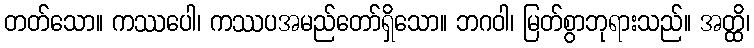
တတ်သော။ ကဿပေါ၊ ကဿပအမည်တော်ရှိသော။ ဘဂဝါ၊ မြတ်စွာဘုရားသည်။ အတ္ထိ၊